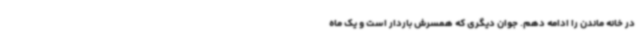
در خانه ماندن را ادامه دهم. جوان دیگری که همسرش باردار است و یک ماه